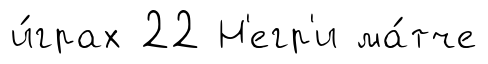
и́грах 22 Н'егр'и ма́тче